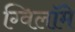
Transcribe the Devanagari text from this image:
ग्विलॉमे